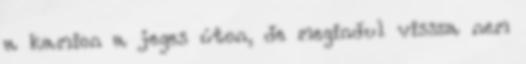
a kamion a jeges úton, de megindul vissza nem